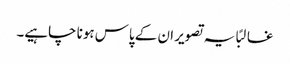
غالبًا یہ تصویر ان کے پاس ہونا چاہیے۔